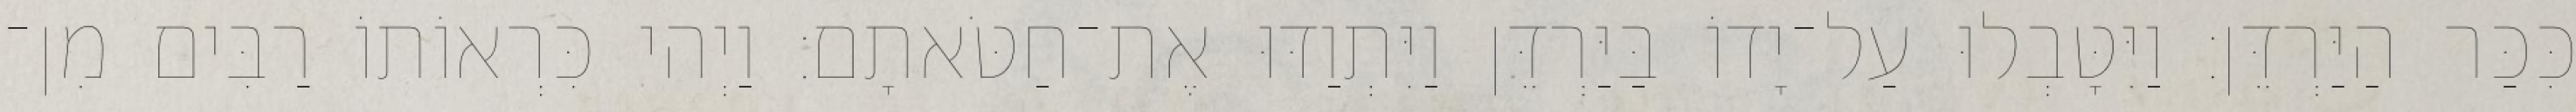
כִּכַּר הַיַּרְדֵּן׃ וַיִּטָּבְלוּ עַל־יָדוֹ בַּיַּרְדֵּן וַיִּתְוַדּוּ אֶת־חַטֹּאתָם׃ וַיְהי כִּרְאוֹתוֹ רַבִּים מִן־